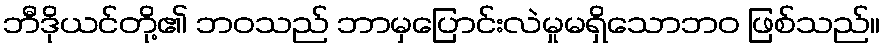
ဘီဒိုယင်တို့၏ ဘဝသည် ဘာမှပြောင်းလဲမှုမရှိသောဘဝ ဖြစ်သည်။